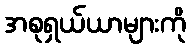
အစုရှယ်ယာများကို